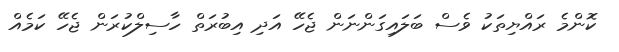
ކޮންމެ ރައްޔިތަކު ވެސް ބަލައިގަންނަން ޖެހޭ އަދި އިބުރަތް ހާސިލްކުރަން ޖެހޭ ކަމެއް